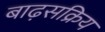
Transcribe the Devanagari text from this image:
बाढ़सक्रिय